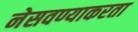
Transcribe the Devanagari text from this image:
नेसवण्याकरता